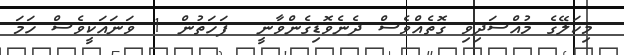
މިކަލޭގެ މުއްސަދިވި ގޮތެއްވެސް ދެނެވޮޑިގެންވާނީ  ފަހަތުން 1 ވަނައަކީވެސް ހަމަ